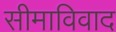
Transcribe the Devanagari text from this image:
सीमाविवाद